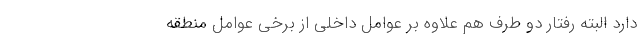
دارد البته رفتار دو طرف هم علاوه بر عوامل داخلی از برخی عوامل منطقه